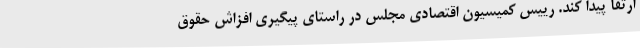
ارتقا پیدا کند. رییس کمیسیون اقتصادی مجلس در راستای پیگیری افزاش حقوق